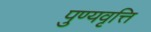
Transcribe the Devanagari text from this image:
पुण्यवृत्ति